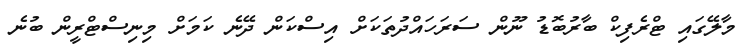
މާލޭގައި ޓްރެފިކް ބާރުބޮޑު ނޫން ސަރަހައްދުތަކަށް އިސްކަން ދޭނެ ކަމަށް މިނިސްޓްރީން ބުނެ